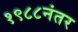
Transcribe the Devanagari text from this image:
१९८८नंतर